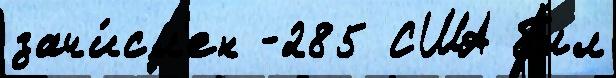
зачи́сл'ен -285 США был